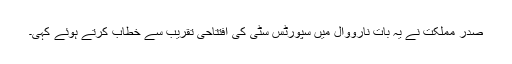
صدر مملکت نے یہ بات نارووال میں سپورٹس سٹی کی افتتاحی تقریب سے خطاب کرتے ہوئے کہی۔